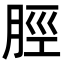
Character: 脛